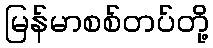
မြန်မာစစ်တပ်တို့